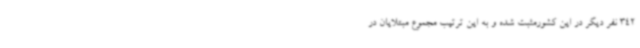
342 نفر دیگر در این کشورمثبت شده و به این ترتیب مجموع مبتلایان در